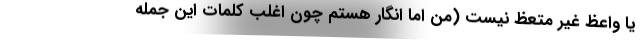
یا واعظِ غیر متّعِظ نیست (من اما انگار هستم چون اغلب کلمات این جمله